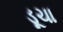
ડૂચા